Annual administration and progress report of the Indian Medical Department, Bombay
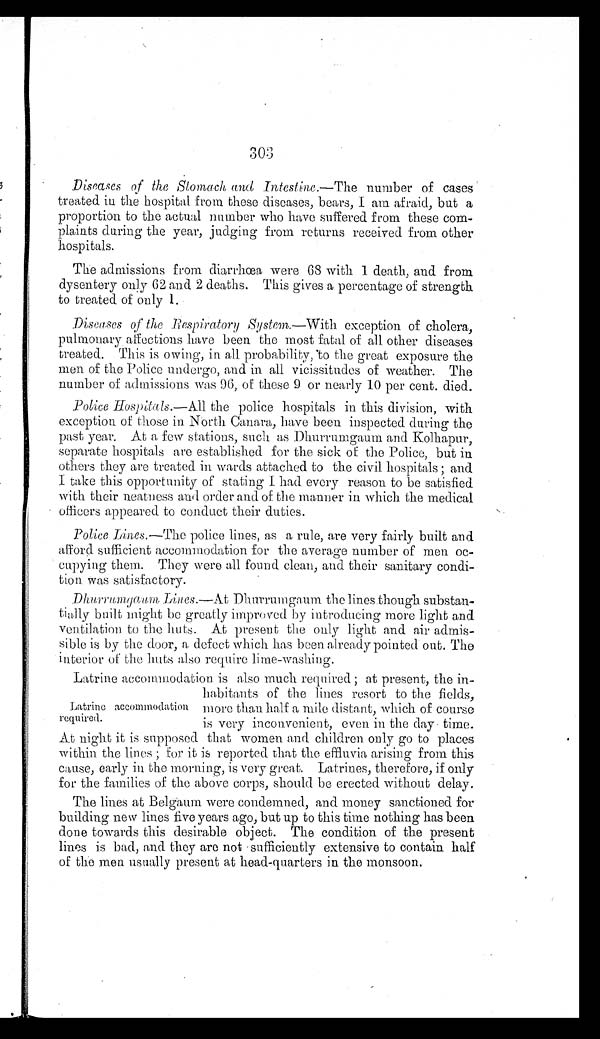
Diseases of the Stomach and Intestine .—The number of cases
treated in the hospital from these diseases, bears, I am afraid, but a
proportion to the actual number who have suffered from these com
- p l a i n t s d u r i n g t h e y e a r , j u d g i n g f r o m r e t u r n s r e c e i v e d f r o m o t h e r
hospitals.
The admissions from diarrhœa were 68 with 1 death, and from
dysentery only 62 and 2 deaths. This gives a percentage of strength
to treated of only 1.
Diseases of the Respiratory System .—With exception of cholera,
pulmonary affections have been the most fatal of all other diseases
treated. This is owing, in all probability, to the great exposure the
men of the Police undergo, and in all vicissitudes of weather. The
number of admissions was 96, of these 9 or nearly 10 per cent. died.
Police Hospitals. —All the police hospitals in this division, with
exception of those in North Canara, have been inspected during the
past year. At a few stations, such as Dhurrumgaum and Kolhapur,
separate hospitals are established for the sick of the Police, but in
others they are treated in wards attached to the civil hospitals; and
I take this opportunity of stating I had every reason to be satisfied
with their neatness and order and of the manner in which the medical
officers appeared to conduct their duties.
Police Lines .—The police lines, as a rule, are very fairly built and
afford sufficient accommodation for the average number of men oc
-cupying them. They were all found clean, and their sanitary condi
-tion was satisfactory.
Dhurrumgaum Lines. — A t
Dhurrumgaum the lines though substan
-tially built might be greatly improved by introducing more light and
ventilation to the huts. At present the only light and air admis
-sible is by the door, a defect which has been already pointed out. The
interior of the huts also require lime-washing.
Latrine accommodation is also much required; at present, the in
-
habitants of the lines resort to the fields,
more than half a mile distant, which of course
is very inconvenient, even in the day time.
At night it is supposed that women and children only go to places
within the lines; for it is reported that the effluvia arising from this
cause, early in the morning, is very great. Latrines, therefore, if only
for the families of the above corps, should be erected without delay.
The lines at Belgaum were condemned, and money sanctioned for
building new lines five years ago, but up to this time nothing has been
done towards this desirable object. The condition of the present
lines is bad, and they are not sufficiently extensive to contain half
of the men usually present at head-quarters in the monsoon.
Latrine accommodation
required.